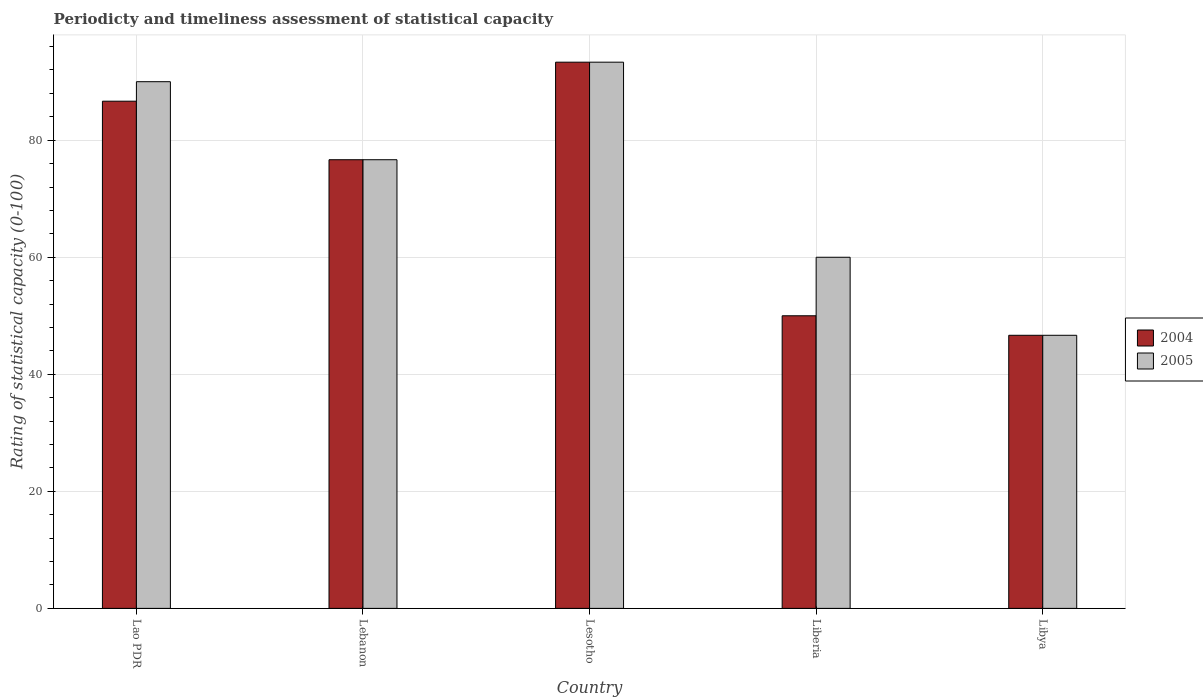
| Country | 2004 | 2005 |
 | --- | --- | --- |
 | Lao PDR | 86.7 | 90 |
 | Lebanon | 76.7 | 76.7 |
 | Lesotho | 93.3 | 93.3 |
 | Liberia | 50 | 60 |
 | Libya | 46.7 | 46.7 |